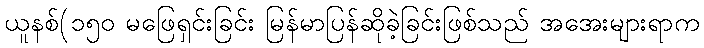
ယူနစ်(၁၅၀ မဖြေရှင်းခြင်း မြန်မာပြန်ဆိုခဲ့ခြင်းဖြစ်သည် အအေးများရာက